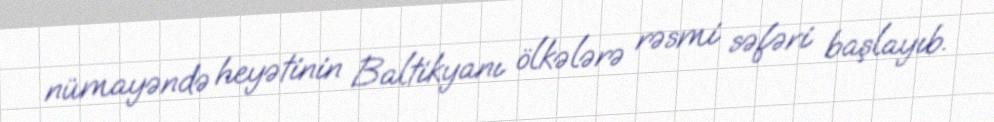
nümayəndə heyətinin Baltikyanı ölkələrə rəsmi səfəri başlayıb.